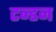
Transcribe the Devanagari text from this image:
टन्डन